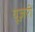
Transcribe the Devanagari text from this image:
यूज़री